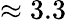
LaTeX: \approx 3.3